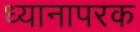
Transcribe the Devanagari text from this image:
ध्यानापरक